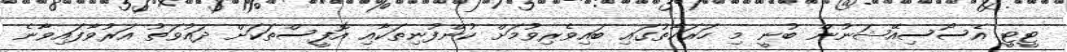
ޓީޓީ އެސޯސިއޭޝަނުން ބުނީ މި ހަރަކާތުގައި ބައިވެރިވުމަށް ކުންފުނިތަކާއި އޮފީސްތަކަށް ދައުވަތު އަރުވާފައިވާނެ